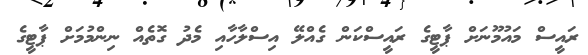
ރައީސް މައުމޫނަށް ޕާޓީގެ ރައީސްކަން ގެއްލޭ އިސްލާހާއި މެދު ގޮތެއް ނިންމުމަށް ޕާޓީގެ